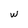
Character: w